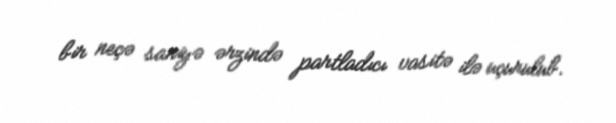
bir neçə saniyə ərzində partladıcı vasitə ilə uçurulub.